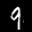
Label: 9